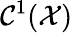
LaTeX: \mathcal{C}^{1}(\mathcal X)